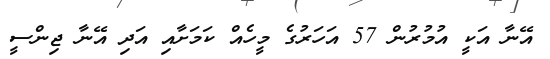
އޭނާ އަކީ އުމުރުން 57 އަހަރުގެ މީހެއް ކަމަށާއި އަދި އޭނާ ޖިންސީ